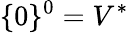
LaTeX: \{ 0\} ^{0}=V^{*}